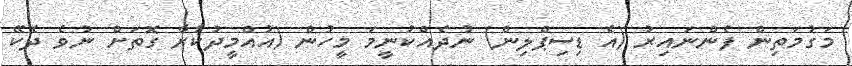
މަގުމަތިން ފެންނައިރު (އެ ޑިސިޕްލިން) ނުދެއްކުނީމަ މީހުން (އުއްމީދުކުރާ ގޮތަށް ނުވެ ދެކޭ